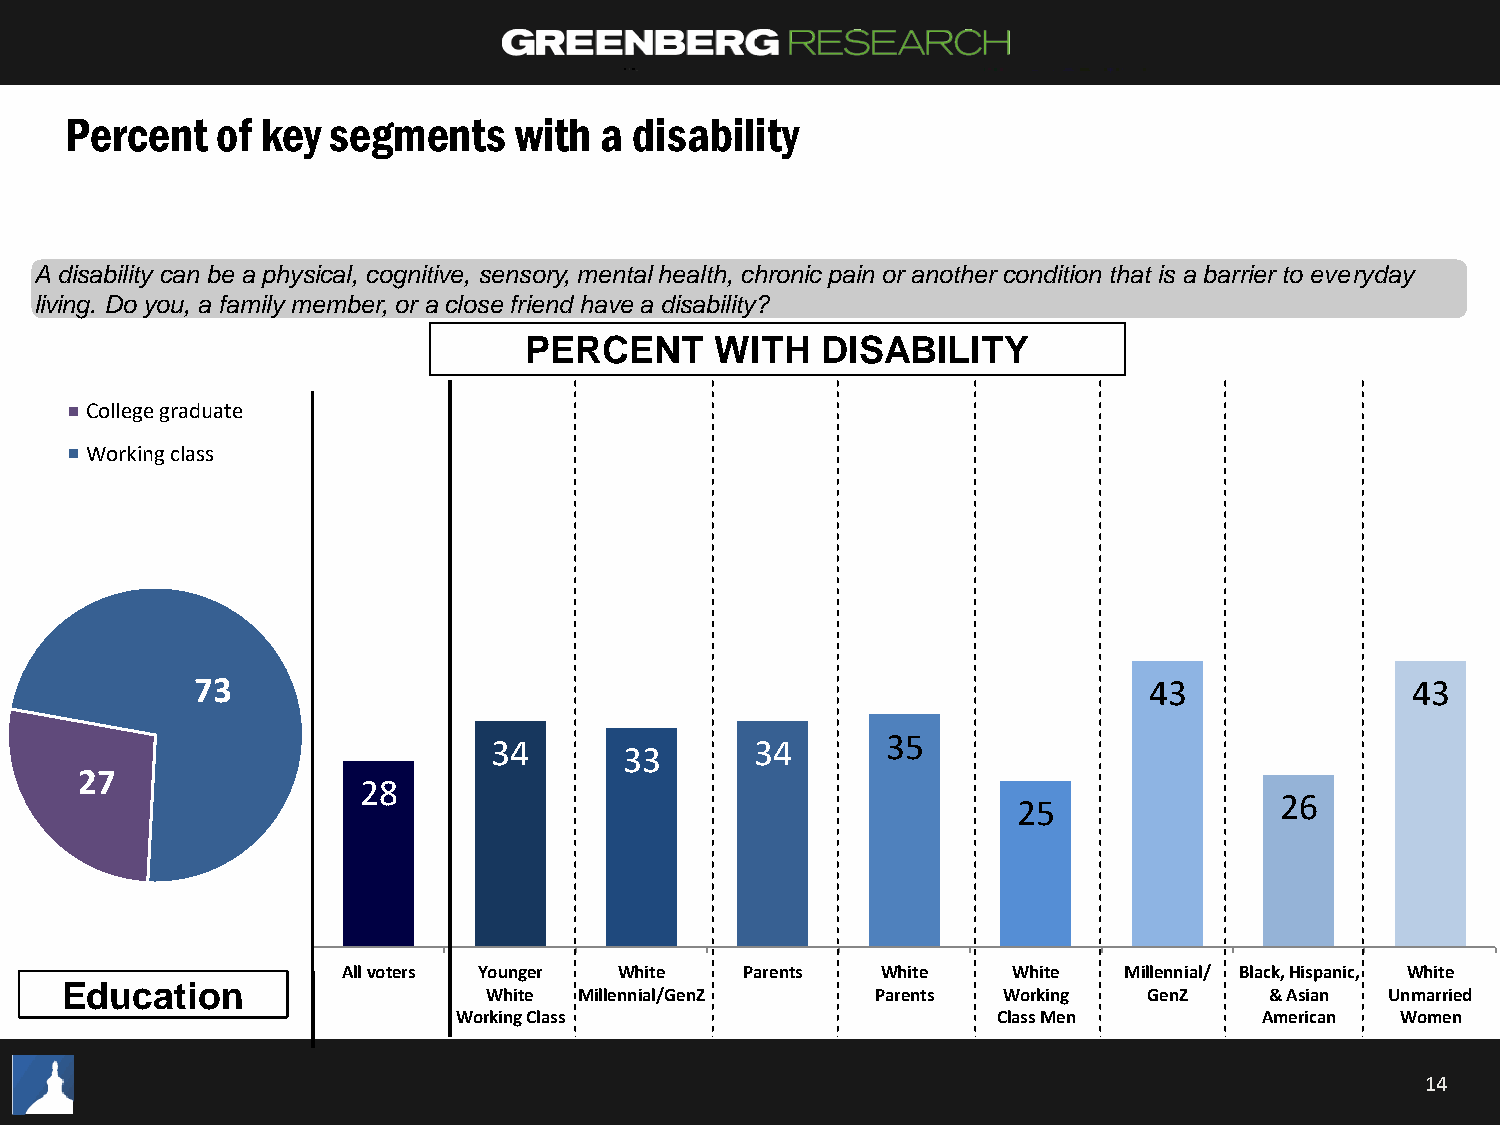
Percent   of key  segments    with  a disability
 A disability can be a physical, cognitive, sensory, mental health, chronic pain or another condition that is a barrier to everyday
 living. Do you, a family member, or a close friend have a disability?
 PERCENT     WITH   DISABILITY
 College graduate
 Working class
 73                                                             43               43
 35
 34               34
 33
 27
 28
 26
 25
 All voters Younger White  Parents  White    White  Millennial/ Black, Hispanic, White
 Education
 White Millennial/GenZ     Parents Working   GenZ    & Asian Unmarried
 Working Class                       Class Men         American Women
 14